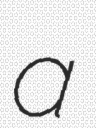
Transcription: a